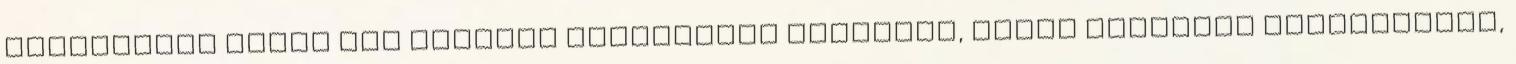
Szaharától délre eső afrikai országokba irányuló, egyre fokozódó forgalomnak,